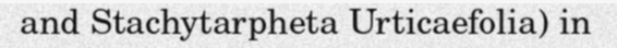
and Stachytarpheta Urticaefolia) in